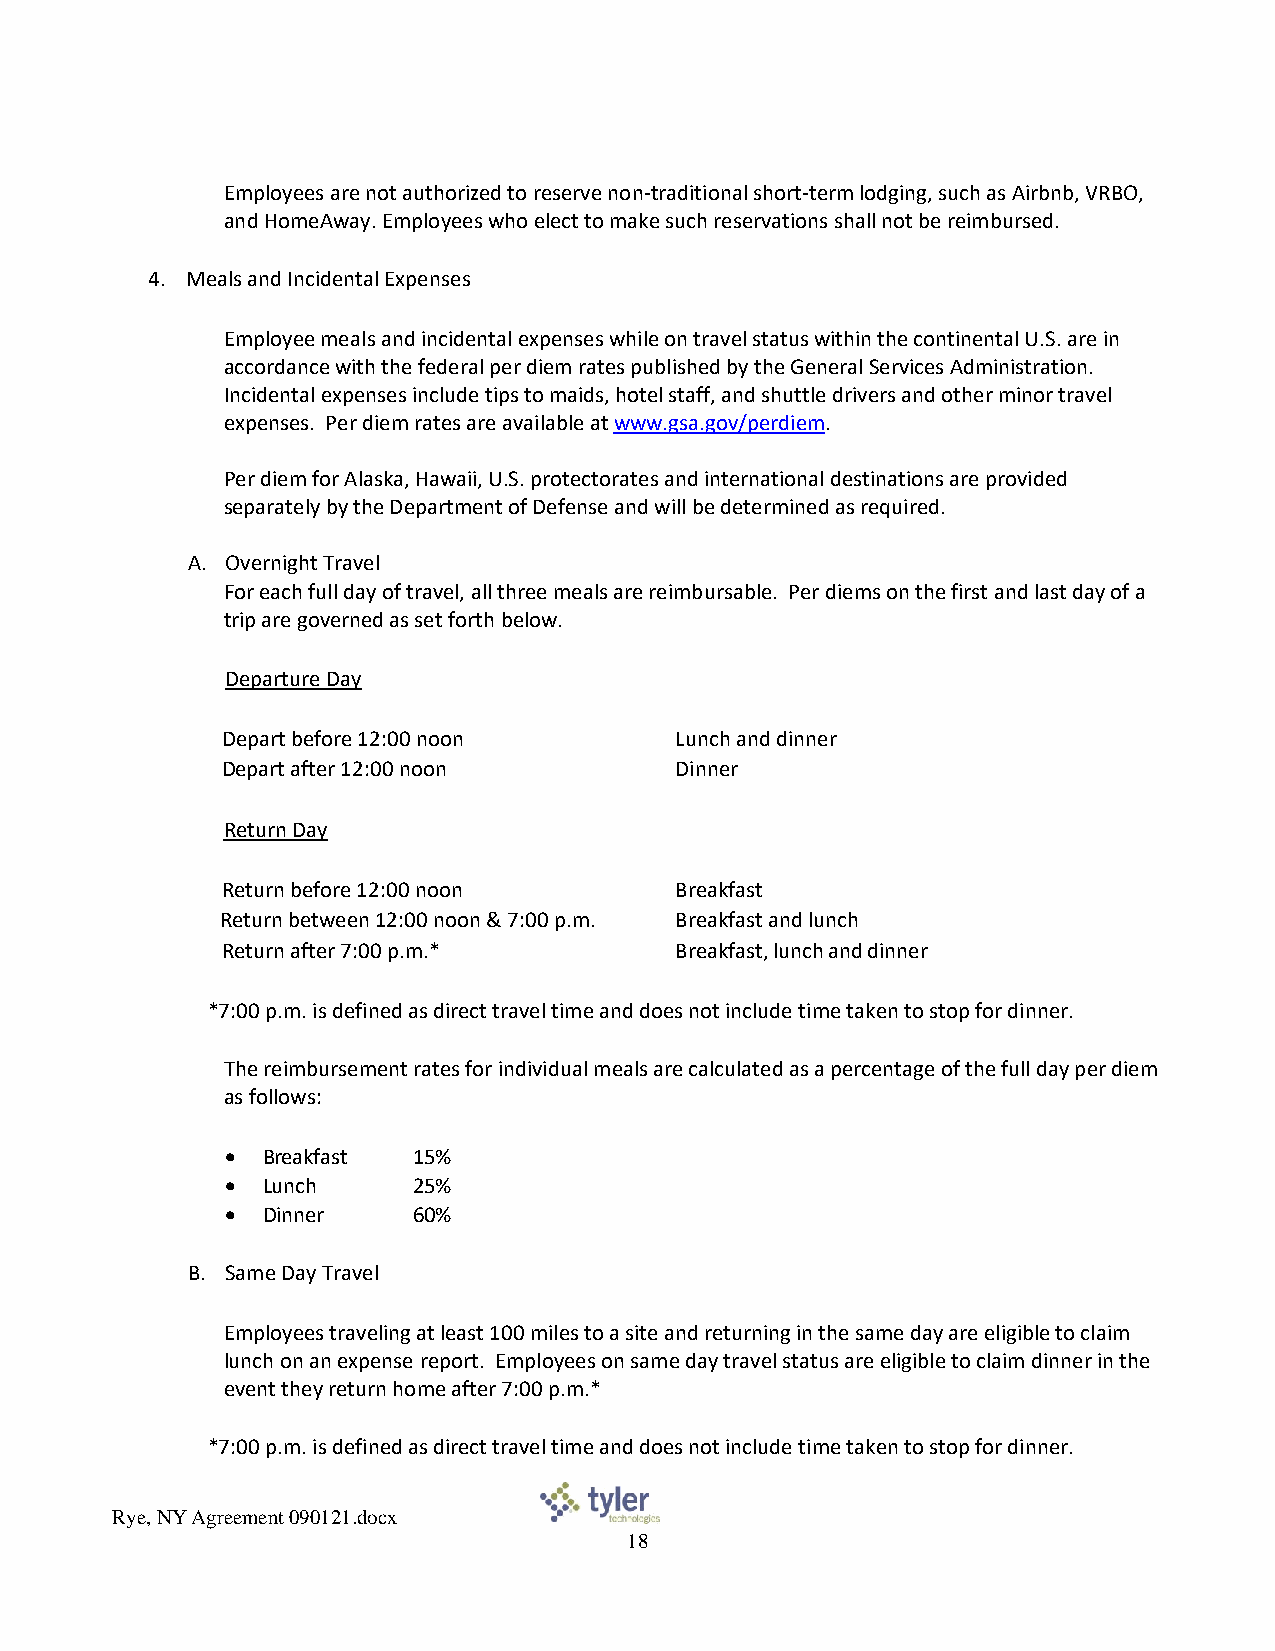
Employees are not authorized to reserve non-traditional short-term lodging, such as Airbnb, VRBO,
 and HomeAway. Employees who elect to make such reservations shall not be reimbursed.
 4. Meals and Incidental Expenses
 Employee meals and incidental expenses while on travel status within the continental U.S. are in
 accordance with the federal per diem rates published by the General Services Administration.
 Incidental expenses include tips to maids, hotel staff, and shuttle drivers and other minor travel
 expenses. Per diem rates are available at www.gsa.gov/perdiem.
 Per diem for Alaska, Hawaii, U.S. protectorates and international destinations are provided
 separately by the Department of Defense and will be determined as required.
 A. Overnight Travel
 For each full day of travel, all three meals are reimbursable. Per diems on the first and last day of a
 trip are governed as set forth below.
 Departure Day
 Depart before 12:00 noon      Lunch and dinner
 Depart after 12:00 noon       Dinner
 Return Day
 Return before 12:00 noon      Breakfast
 Return between 12:00 noon & 7:00 p.m. Breakfast and lunch
 Return after 7:00 p.m.*       Breakfast, lunch and dinner
 *7:00 p.m. is defined as direct travel time and does not include time taken to stop for dinner.
 The reimbursement rates for individual meals are calculated as a percentage of the full day per diem
 as follows:
 • Breakfast 15%
 • Lunch     25%
 • Dinner    60%
 B. Same Day Travel
 Employees traveling at least 100 miles to a site and returning in the same day are eligible to claim
 lunch on an expense report. Employees on same day travel status are eligible to claim dinner in the
 event they return home after 7:00 p.m.*
 *7:00 p.m. is defined as direct travel time and does not include time taken to stop for dinner.
 Rye, NY Agreement 090121.docx
 18